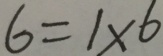
6 = 1 \times 6